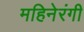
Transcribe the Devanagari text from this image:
महिनेरंगी